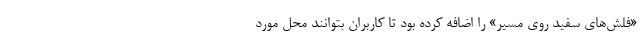
«فلش‌های سفید روی مسیر» را اضافه کرده بود تا کاربران بتوانند محل مورد